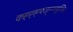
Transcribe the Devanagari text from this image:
कह्ह्ह्फ्ज्न्न्व्सुज्म्हि